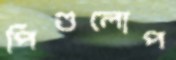
পিণ্ডলোপ